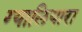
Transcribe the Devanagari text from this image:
ग्यालियारा